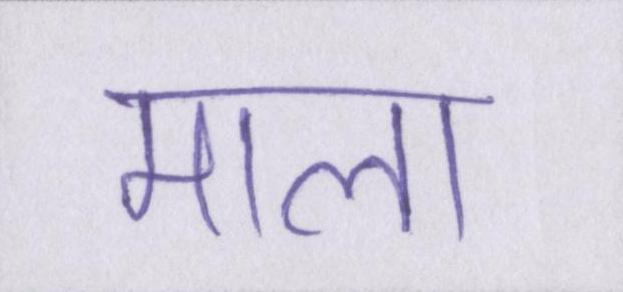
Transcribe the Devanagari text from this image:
माला